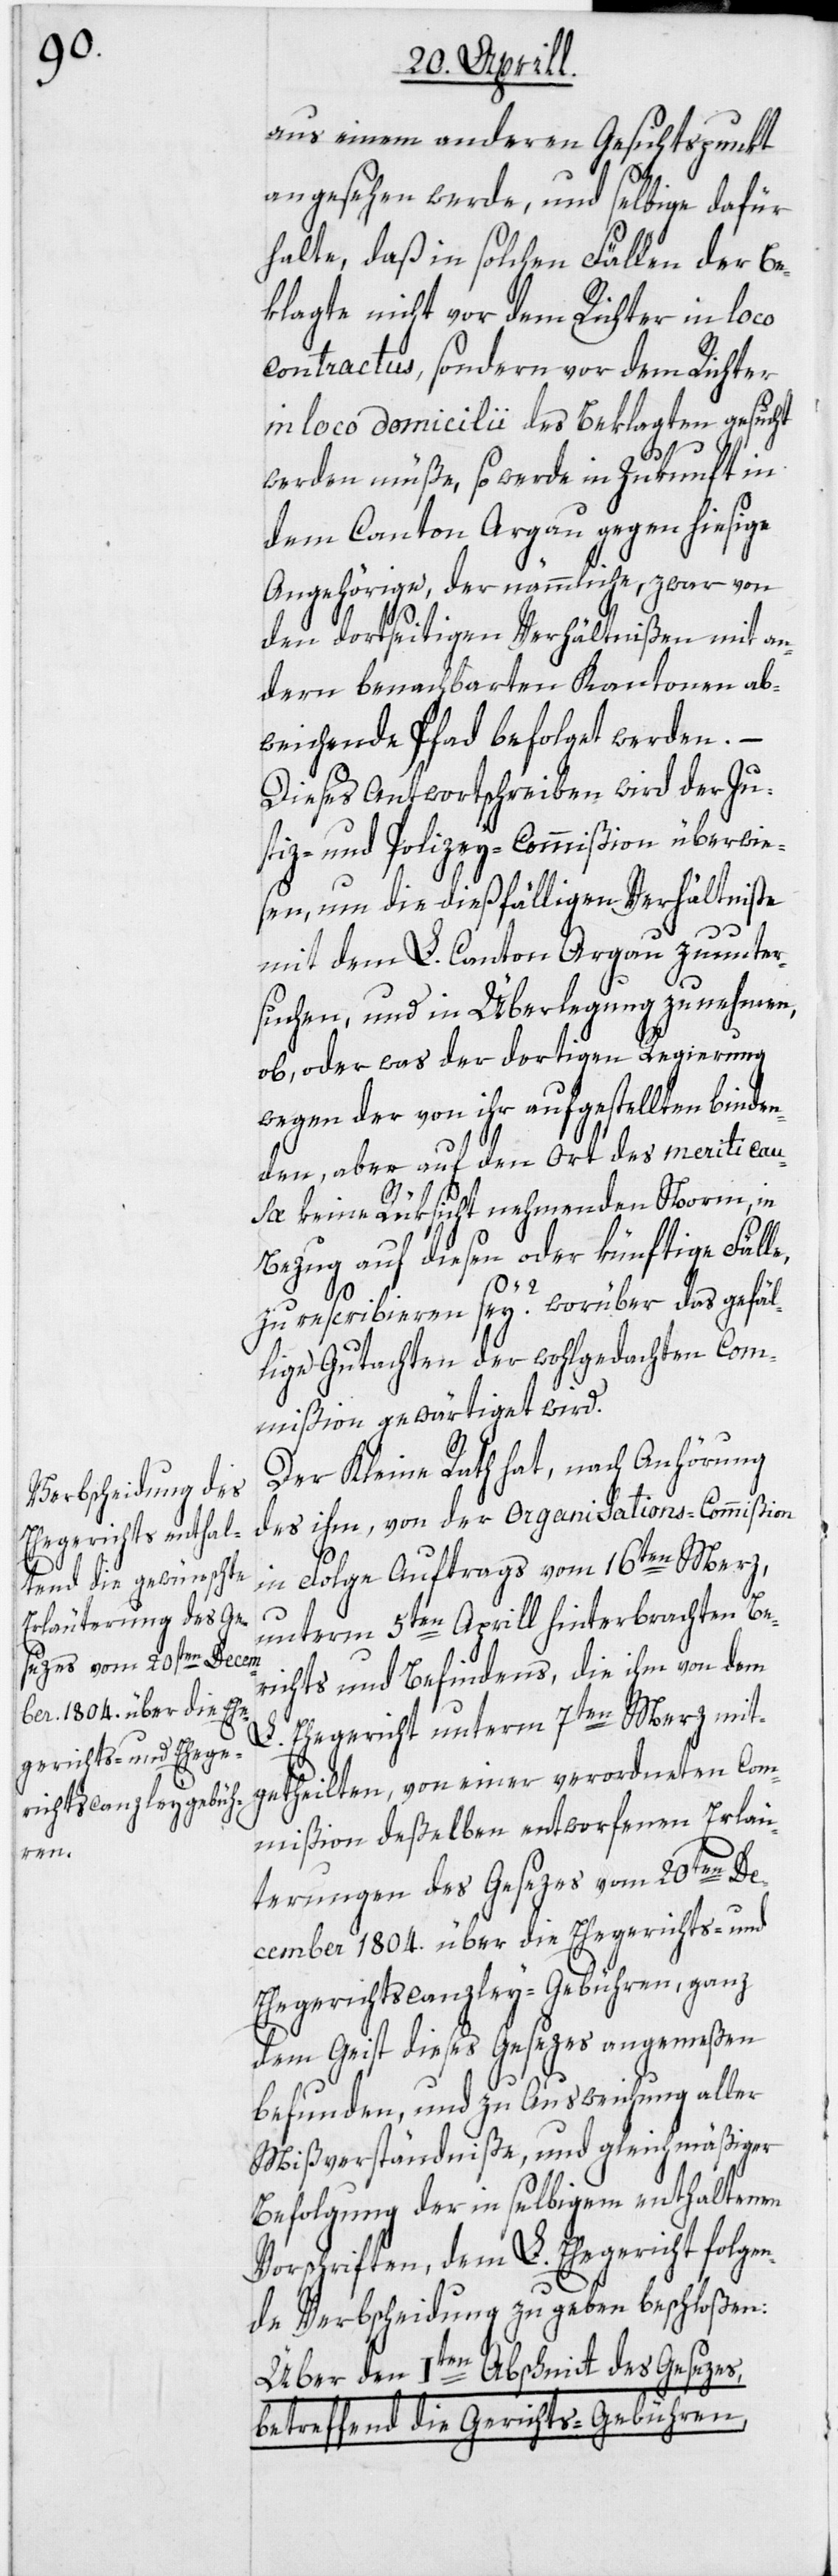
aus einem andern Gesichtspunkt
angesehen werde, und selbige dafür
halte, daß in solchen Fällen der Be¬
klagte nicht vor dem Richter in loco
contractus, sondern vor dem Richter
in loco domicilii des Beklagten gesucht
werden müße, so werde in Zukunft in
dem Canton Argau gegen hiesige
Angehörige, der nämmliche, zwar von
den dortseitigen Verhältnißen mit an¬
dern benachbarten Kantonen ab¬
e,
weichende Pfad befolget werden.
Dieses Antwortschreiben wird der Ju¬
stiz- und Polizey-Commißion überwie¬
sen, um die dießfälligen Verhältniße
mit dem L. Canton Argau zu unter¬
suchen, und in Überlegung zu nehmen,
ob, oder was der dortigen Regierung
wegen der von ihr aufgestellten binden¬
den, aber auf den Ort des meriti cau¬
sæ keine Rüksicht nehmenden Norm, in
Bezug auf diesen oder künftige Fäll¬
zu rescribieren sei? worüber das gefäl¬
lige Gutachten der wohlgedachten Com¬
mißion gewärtiget wird.
Der Kleine Rath hat, nach Anhörung
des ihm, von der Organisations-Commißion
in Folge Auftrags vom 16ten Merz,
unterm 5ten Aprill hinterbrachten Be¬
richts und Befindens, die ihm von dem
L. Ehegericht unterm 7ten Merz mit¬
getheilten, von einer verordneten Com¬
mißion deßelben entworfenen Erläu¬
terungen des Gesezes vom 20ten De¬
cember 1804. über die Ehegerichts- und
Ehegerichtscanzley-Gebühren, ganz
dem Geist dieses Gesezes angemeßen
befunden, und zu Ausweichung aller
Mißverständniße, und gleichmäßiger
Befolgung der in selbigem enthaltenen
Vorschriften, dem L. Ehegericht folgen¬
de Verbscheidung zu geben beschloßen:
Über den Iten Abschnitt des Gesezes,
betreffend die Gerichts-Gebühren,